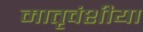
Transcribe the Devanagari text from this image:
मातृवंशीया